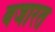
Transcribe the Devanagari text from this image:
वजारत